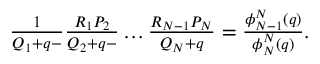
\begin{array} { r } { \frac { 1 } { Q _ { 1 } + q - } \frac { R _ { 1 } P _ { 2 } } { Q _ { 2 } + q - } \dots \frac { R _ { N - 1 } P _ { N } } { Q _ { N } + q } = \frac { \phi _ { N - 1 } ^ { N } ( q ) } { \phi _ { N } ^ { N } ( q ) } . } \end{array}